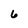
Character: 6